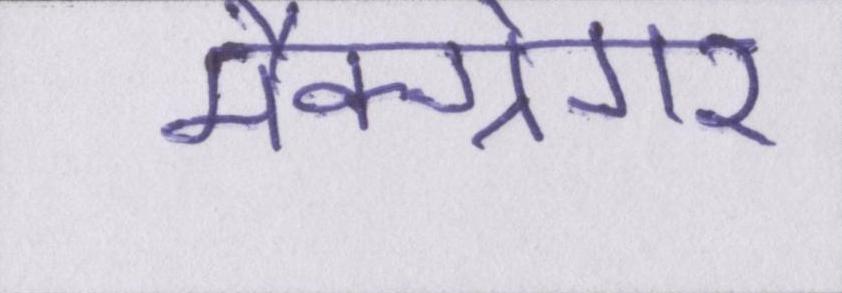
मैक्ग्रेगर